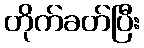
တိုက်ခတ်ပြီး